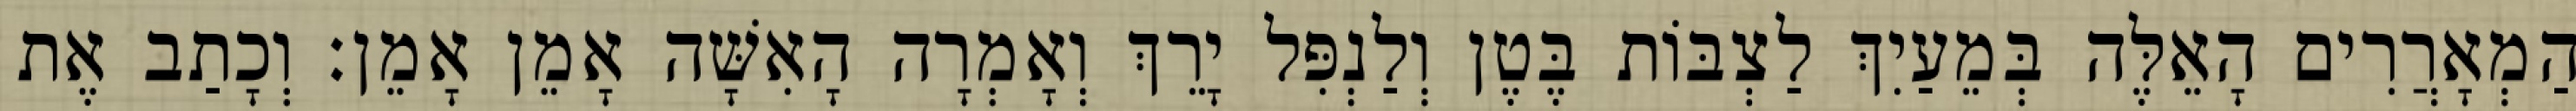
הַמְאָרֲרִים הָאֵלֶּה בְּמֵעַיִךְ לַצְבּוֹת בֶּטֶן וְלַנְפִּל יָרֵךְ וְאָמְרָה הָאִשָּׁה אָמֵן אָמֵן׃ וְכָתַב אֶת